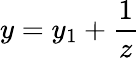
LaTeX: y=y_{1}+\frac{1}{z}